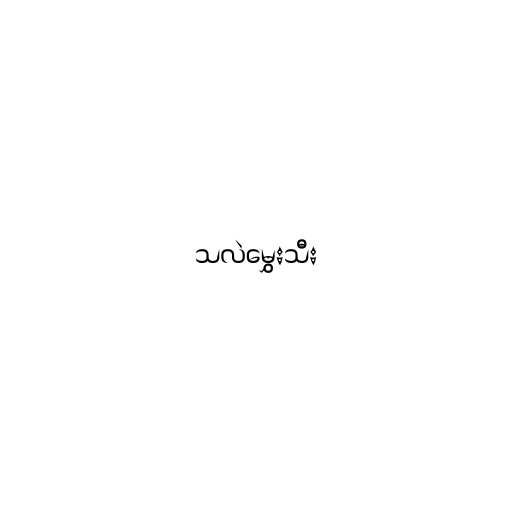
သလဲမွှေးသီး